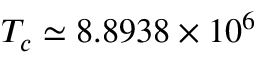
T _ { c } \simeq 8 . 8 9 3 8 \times 1 0 ^ { 6 }